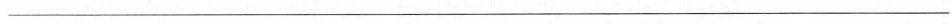
___